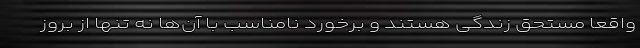
واقعا مستحق زندگی هستند و برخورد نامناسب با آن‌ها نه تنها از بروز